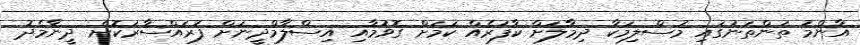
އާންމު ތަންތަނުގައި މުސްލިމަކާ ދިމާލަށް ކާފަރެއް ކަމަށް ގޮވުމާއި އިސްލާމްދީނަށް ފުރައްސާރަކޮށް ދީނާމެދު